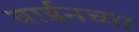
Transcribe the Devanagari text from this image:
वाईनच्या